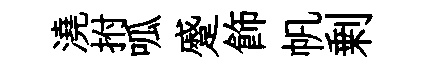
澆拊呱蹙飾帆剰